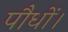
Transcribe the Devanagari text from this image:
पौधों।